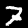
Label: 7